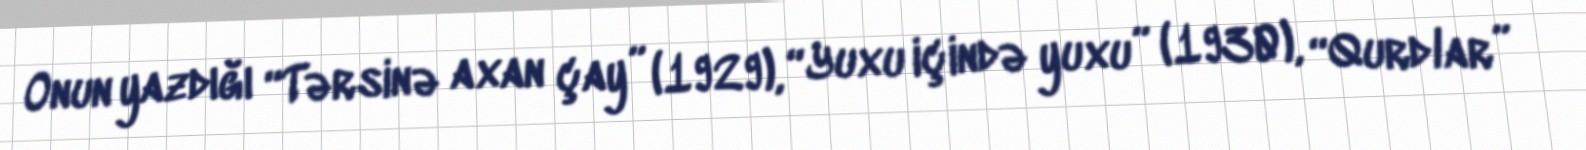
Onun yazdığı “Tərsinə axan çay” (1929), “Yuxu içində yuxu” (1930), “Qurdlar”